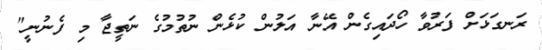
ރަނގަޅަށް ފަރުވާ ހޯދައިގެން އޭނާ އަލުން ކުޅެން ނުތުމުގެ ނަތީޖާ މި ފެނުނީ"